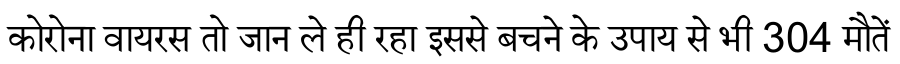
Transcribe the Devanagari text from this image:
कोरोना वायरस तो जान ले ही रहा इससे बचने के उपाय से भी 304 मौतें